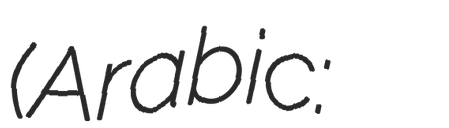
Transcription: (Arabic: منتخب مصر